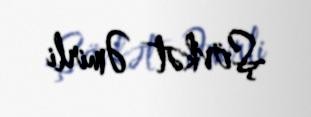
Şövkət Əmirli